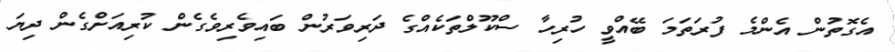
އެގޮތުން އެންމެ ފުރަތަމަ ބޭއްވީ ހުރިހާ ސްކޫލްތަކެއްގެ ދަރިވަރުން ބައިވެރިވެގެން ކުރިއަށްގެން ދިޔަ